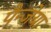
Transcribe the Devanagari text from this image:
पैन्जेया